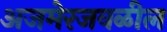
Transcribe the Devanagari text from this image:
अजमेरजवळील